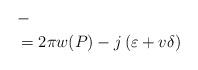
LaTeX: \begin{align*}&- \\&\phantom{} =2\pi w(P)-j \left(\varepsilon+v\delta\right)\end{align*}